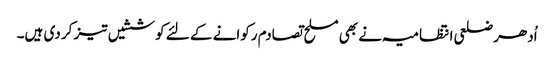
اُدھر ضلعی انتظامیہ نے بھی مسلح تصادم رکوانے کے لئے کوششیں تیز کر دی ہیں۔